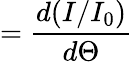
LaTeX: =\frac{d(I/I_{0})}{d\Theta}